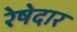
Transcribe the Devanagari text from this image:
रेषेदार